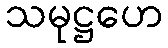
သမုဋ္ဌဟေ